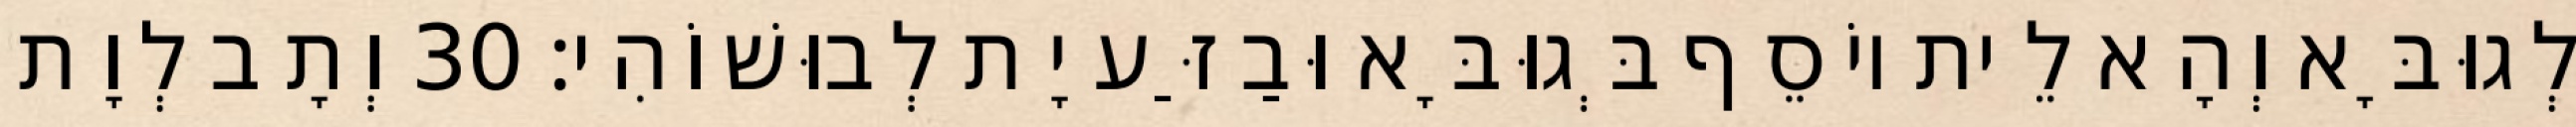
לְגוּבָּא וְהָא לֵית יוֹסֵף בְּגוּבָּא וּבַזַּע יָת לְבוּשׁוֹהִי׃ 30 וְתָב לְוָת